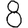
Digit: 8